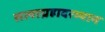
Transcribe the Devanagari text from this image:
सत्याग्रहादरम्यान